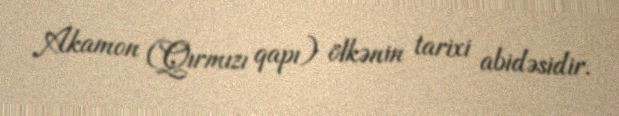
Akamon (Qırmızı qapı) ölkənin tarixi abidəsidir.